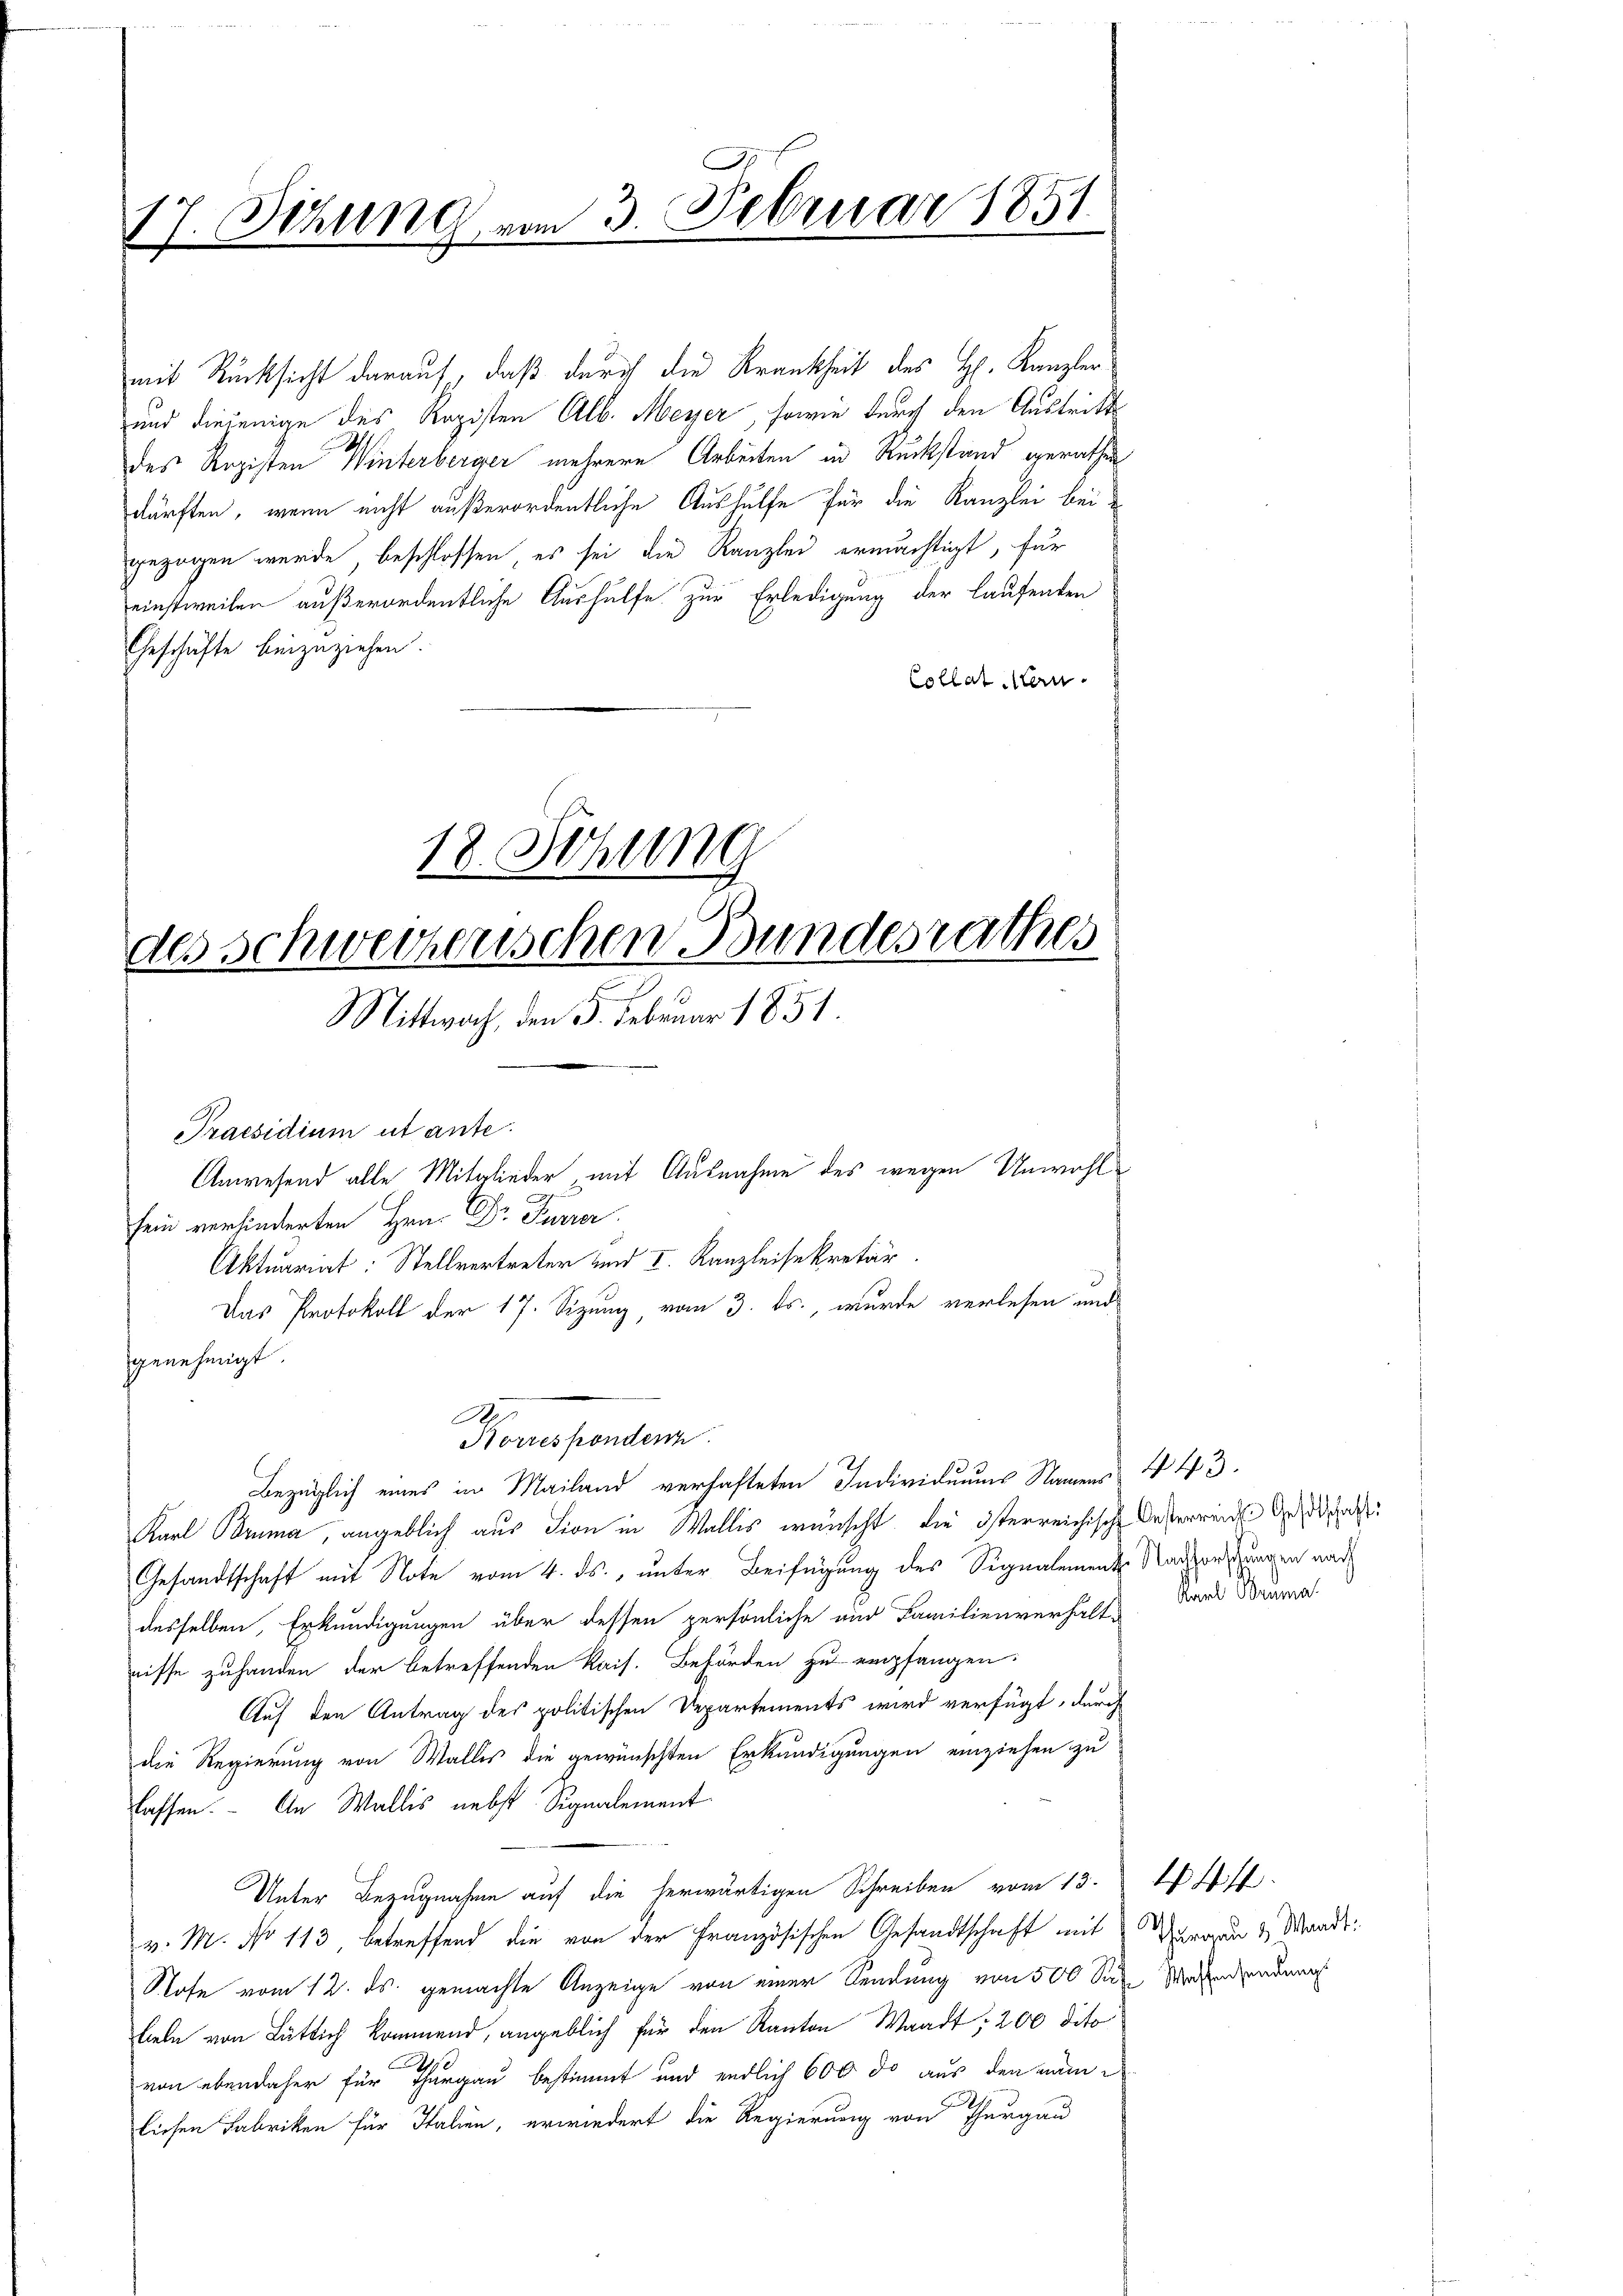
17. Sitzung vom 3. Februar 1851.

mit Rücksicht darauf, daß durch die Krankheit des H. Kanzler
und diejenige des Kopisten Alb. Meyer, sowie durch den Austritt
des Registen Winterberger mehrere Arbeiten in Rückstand gerathen
dürften, wenn nicht außerordentliche Aushülfe für die Kanzlei beigezogen wurde beschlossen, es sei die Kanzlei ermächtigt, für
einstweilen außerordentliche Aushülfe zur Erledigung der laufenten
Geschäfte beizuziehen.
Collat Man

18. Sitzung
des Schweizerischen Bundesrathes
Mittwoch, den 5. Februar 1851.

Anwesend alle Mitglieder, mit Ausnahme des wegen Unwohl¬
Aktuariat: Stellvertreter und I. Kanzleisekretär

Praesidium ut ante.
sein verhinderten Hrn. Dr. Furrer
Das Protokoll der 17. Sizung, vom 3. ds., wurde verlesen und
genehmigt.
Korrespondern
Bezüglich eines in Mailand verhafteten Individuums Namens 443.
Karl Bruma, angeblich aus dion in Wallis wünscht, die österreichische Unterrend der
Gesandtschaft mit Note vom 4. ds., unter Beifügung des Signalemente Nachporsitzungen nach
desselben, Erkundigungen über dessen persönliche und Familienverhalt-
nisse zuhanden der betreffenden Kais. Behörden zu empfangen.
Auf den Antrag des politischen Departements wird verfügt, durch
die Regierung von Walles die gewünschten Erkundigungen einziehen zu
lassen. - An Wallis nebst Signalement
Unter Bezugnahme auf die herwärtigen Schreiben vom 13.
v. M. No 113, betreffend die von der Französischen Gesandtschaft mit
Rose vom 12. ds. gemachte Anzeige von einer Sendung von 500 Soden Mordendenden
liele von Bütlich kommend, angeblich für den Kanton Waadt: 200 dito
0
von ebendaher für Thurgau bestimmt und endlich 600 so aus den man
liesen Fabriken für Italien, erwiedert die Regierung von Thurgau

Karl Bauma.

Thurgau & Waadt.